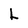
Character: L